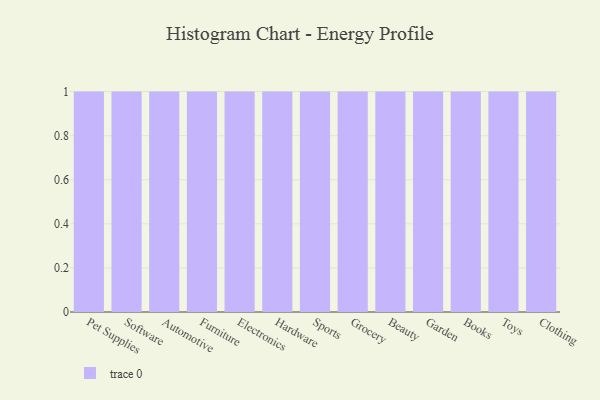
{"axis": {"x": "Category", "y": "Satisfaction Score"}, "legend": [""], "data": [{"x": "Pet Supplies", "y": 33, "type": ""}, {"x": "Software", "y": 96, "type": ""}, {"x": "Automotive", "y": 49, "type": ""}, {"x": "Furniture", "y": 90, "type": ""}, {"x": "Electronics", "y": 20, "type": ""}, {"x": "Hardware", "y": 24, "type": ""}, {"x": "Sports", "y": 57, "type": ""}, {"x": "Grocery", "y": 100, "type": ""}, {"x": "Beauty", "y": 56, "type": ""}, {"x": "Garden", "y": 26, "type": ""}, {"x": "Books", "y": 4, "type": ""}, {"x": "Toys", "y": 100, "type": ""}, {"x": "Clothing", "y": 26, "type": ""}]}